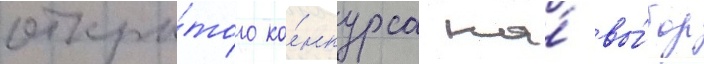
откры́того ко́нкурса на́ вы́бор